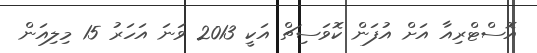
އޮސްޓްރިއާ އަށް އުފަން ކޮވަސިޗް އަކީ 2013 ވަނަ އަހަރު 15 މިލިއަން